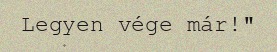
Legyen vége már!"